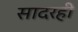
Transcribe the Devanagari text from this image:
सादरही